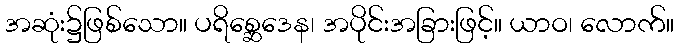
အဆုံး၌ဖြစ်သော။ ပရိစ္ဆေဒေန၊ အပိုင်းအခြားဖြင့်။ ယာဝ၊ လောက်။